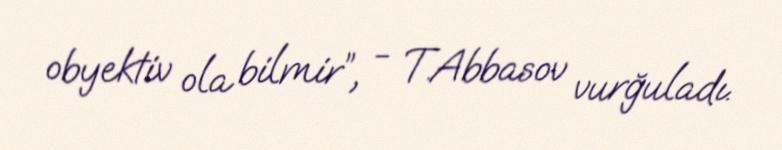
obyektiv ola bilmir”, - T.Abbasov vurğuladı.